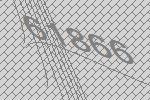
61866